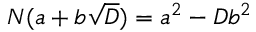
N ( a + b { \sqrt { D } } ) = a ^ { 2 } - D b ^ { 2 }